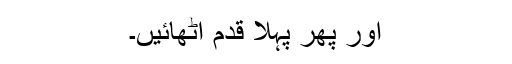
اور پھر پہلا قدم اٹھائیں۔